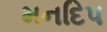
મનદિપ